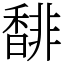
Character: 馡